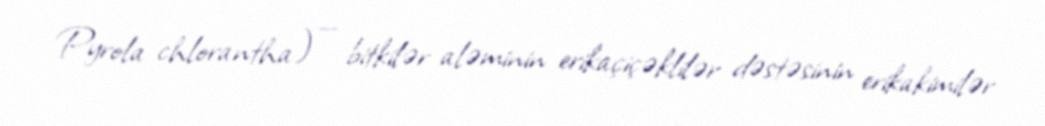
Pyrola chlorantha) — bitkilər aləminin erikaçiçəklilər dəstəsinin erikakimilər